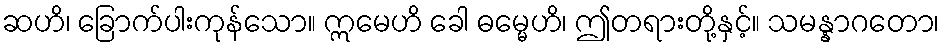
ဆဟိ၊ ခြောက်ပါးကုန်သော။ ဣမေဟိ ခေါ ဓမ္မေဟိ၊ ဤတရားတို့နှင့်။ သမန္နာဂတော၊